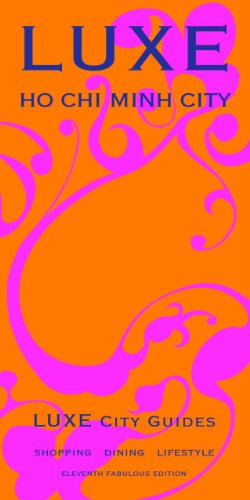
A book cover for LUXE Ho Chi Minh City (LUXE City Guides); LUXE City Guides; Travel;